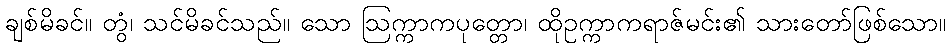
ချစ်မိခင်။ တွံ၊ သင်မိခင်သည်။ သော ဩက္ကာကပုတ္တော၊ ထိုဥက္ကာကရာဇ်မင်း၏ သားတော်ဖြစ်သော။